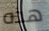
هذه